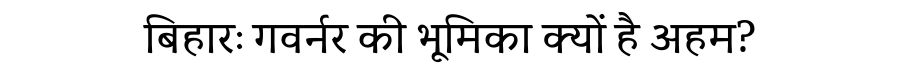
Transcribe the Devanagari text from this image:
बिहारः गवर्नर की भूमिका क्यों है अहम?